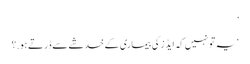
’
‘یہ تو نہیں کہ ایڈز کی بیماری کے خدشے سے ڈرتے ہو.؟